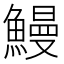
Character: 鰻